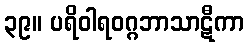
၃၉။ ပရိဝါရဝဂ္ဂဘာသာဋီကာ